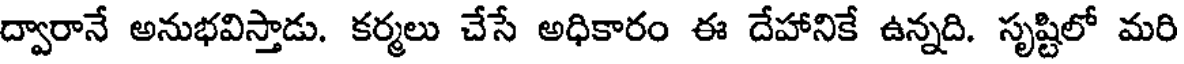
ద్వారానే అనుభవిస్తాడు. కర్మలు చేసే అధికారం ఈ దేహానికే ఉన్నది. సృష్టిలో మరి